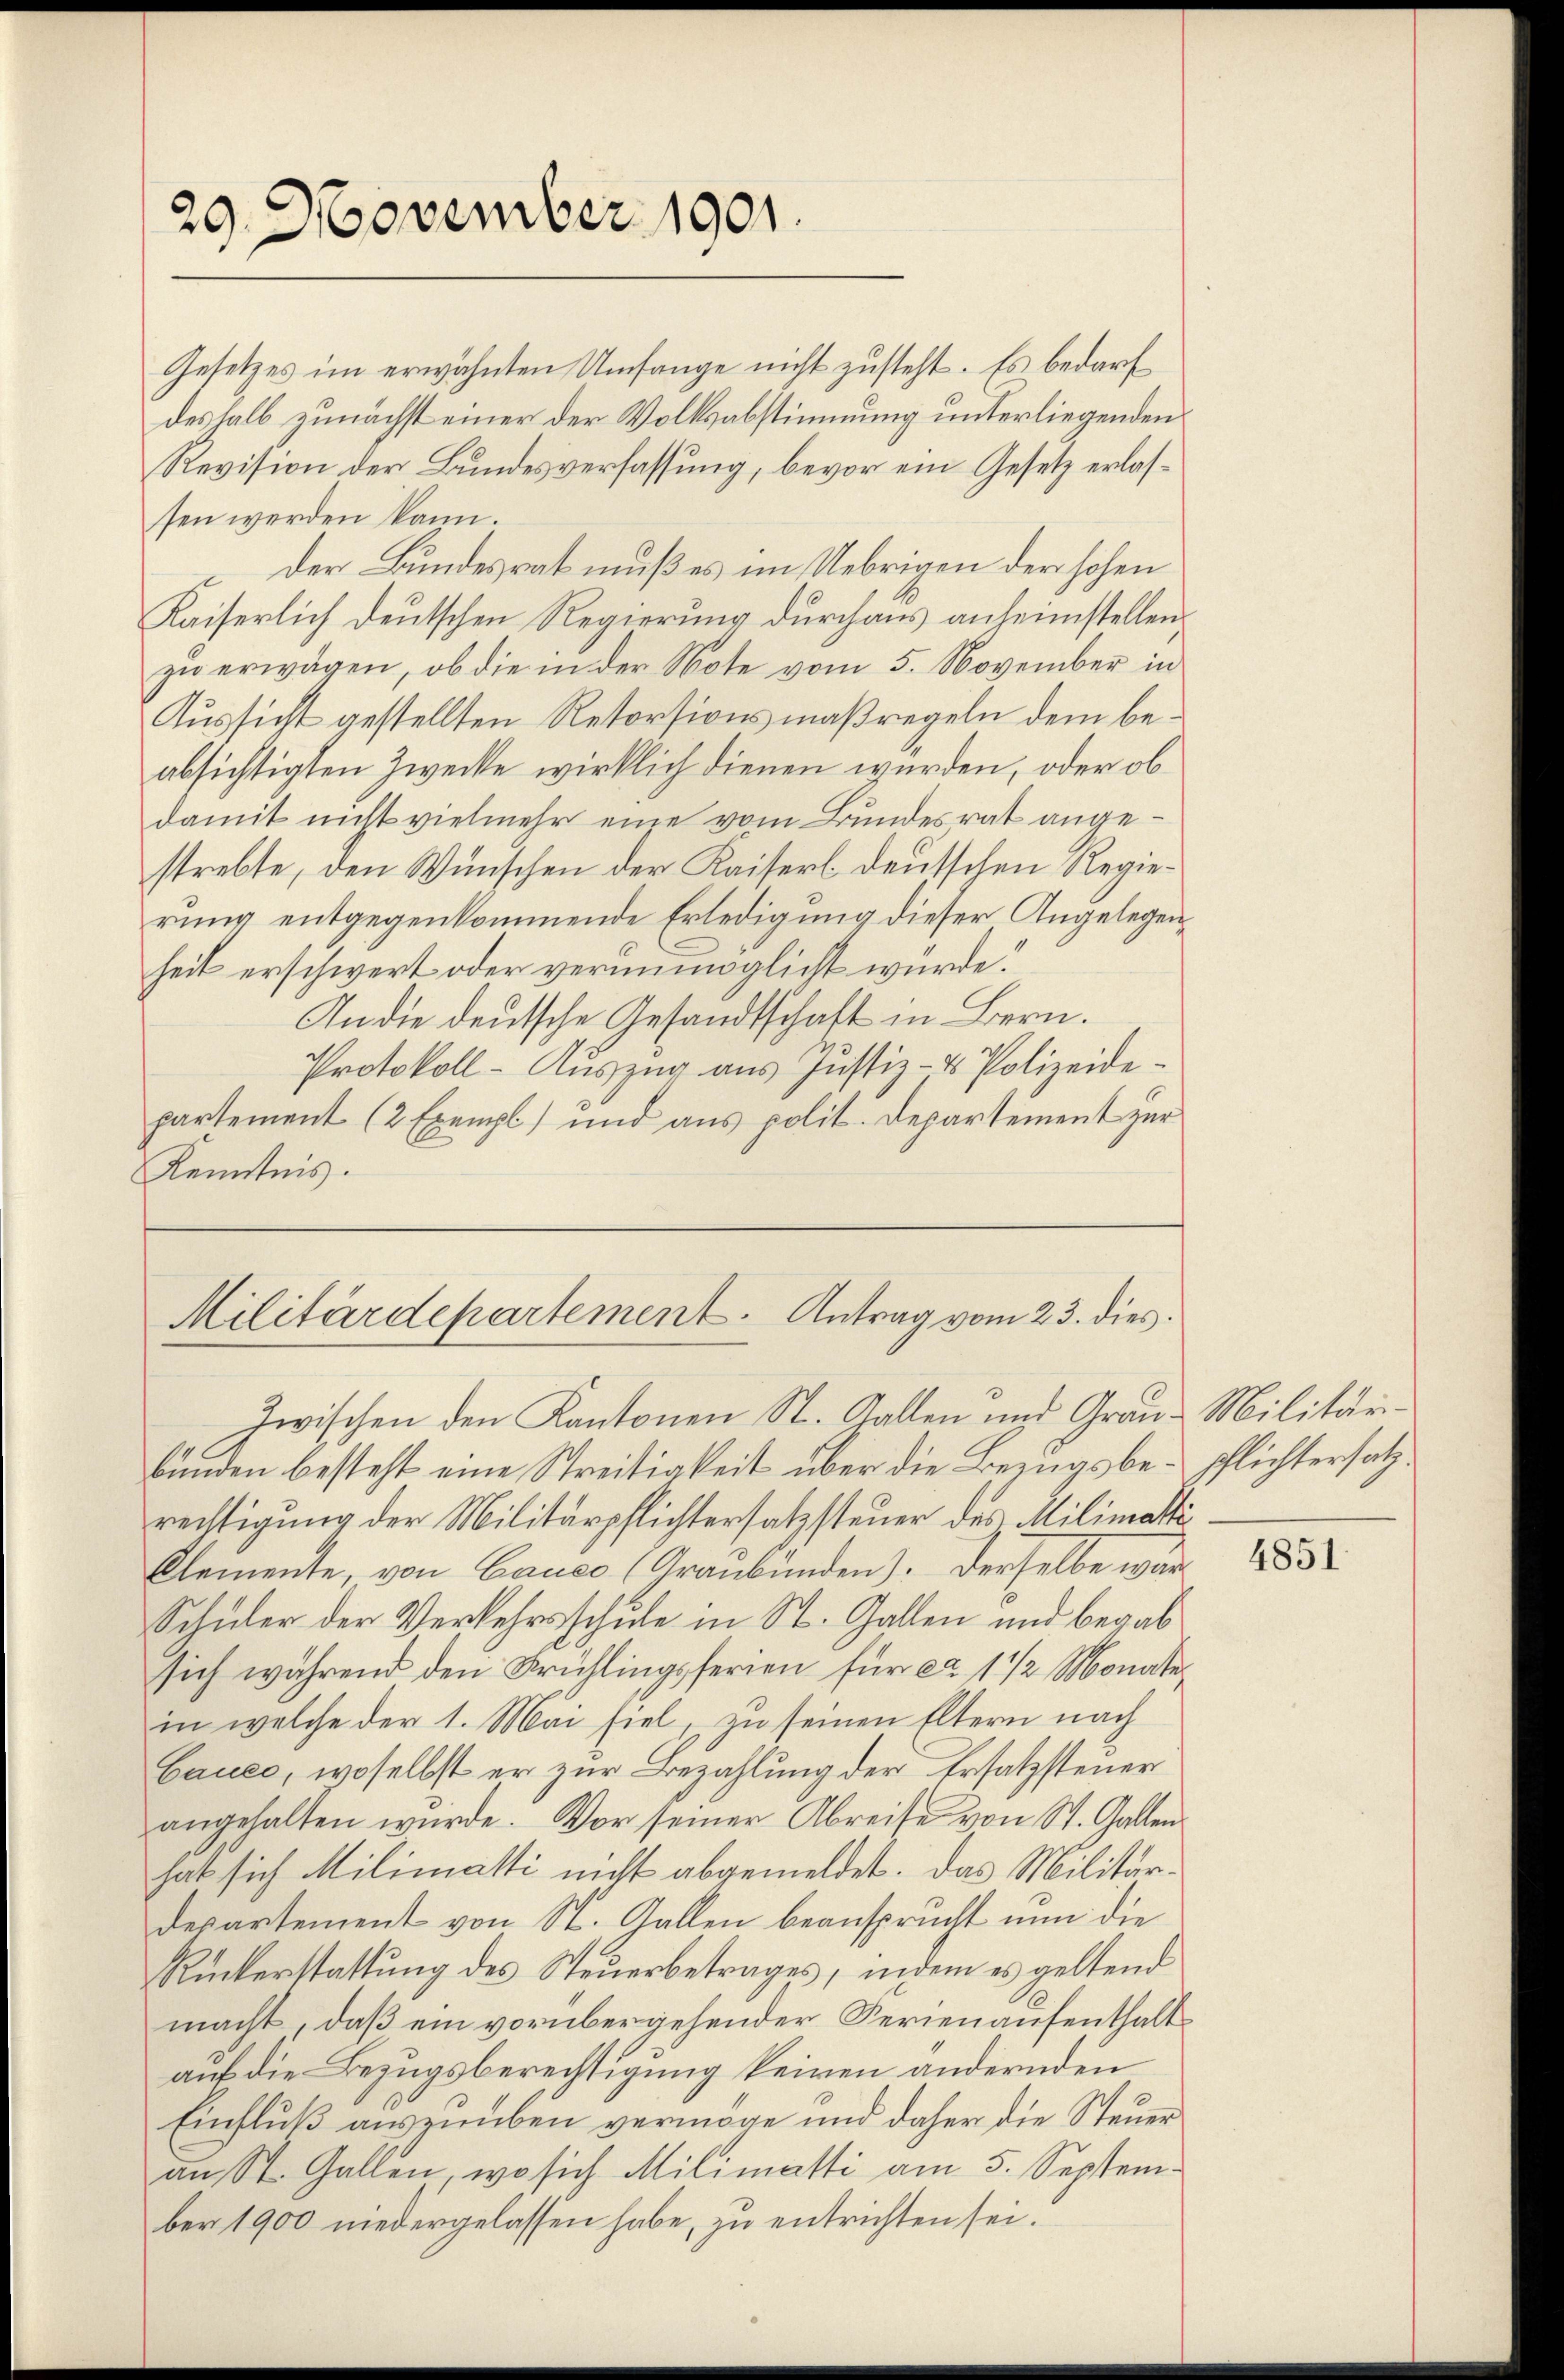
29. November 1901.

Gesetzes im erwähnten Umfange nicht zusteht. Es bedarf
deshalb zunächst einer der Volksabstimmung unterliegenden
Revision der Bundesverfassung, bevor ein Gesetz erlassen werden kann.
der Bundesrat muß es im Uebrigen der hohen
Kaiserlich deutschen Regierung durchaus anheimstellen.
zu erwagen, ob die in der Note vom 5. November in
Aussicht gestellten Retorsionsmaßregeln dem beabsichtigten Zwecke wirklich dienen würden, oder ob
damit nicht vielmehr eine vom Bundesrat angestrebte, den Wünschen der Kaiserl. deutschen Regierung entgegenkommende Erledigung dieser Angelegenheit erschwert oder verunmöglicht würde.
An die deutsche Gesandtschaft in Bern.
Protokoll- Auszug aus Justiz- & Polizeidepartement (2 Exempl) und aus polit. Departement zur
Kenntnis.

Militärdepartement. Antrag vom 23. dies
Zwischen den Kantonen St. Gallen und Grau-Militär-

bunden besteht eine Streitigkeit über die Bezugsbe- schlichtersatzrechtigung der Militärpflichtersatzsteuer des Milimatti
Cemente, von Cance (Graubünden). Derselbe war
Schüler der Verkehrsschule in St. Gallen und begab
sich während den Frühlingsferien für ca 1 1/2 Monate
in welche der 1. Mai fiel, zu seinen Eltern nach
Cauec, woselbst er zur Bezahlung der Ersatzsteuer
angehalten wurde. Vor seiner Abreise von St. Gallen
hat sich Milimatti nicht abgemeldet. Das Militärdepartement von St. Gallen beansprucht nun die
Rückerstattung des Steuerbetrages, indem es geltend
macht, daß ein vorübergehender Ferienaufenthalt
auf die Bezugsberechtigung keinen ändernden
Einfluß auszuüben vermöge und daher die Steuer
an St. Gallen, wo sich Milimatti am 5. September 1900 niedergelassen habe, zu entrichten sei.

4851